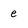
Character: e